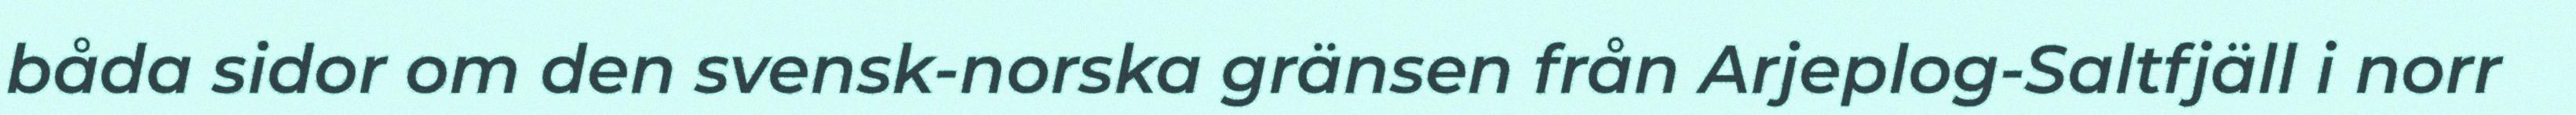
båda sidor om den svensk-norska gränsen från Arjeplog-Saltfjäll i norr